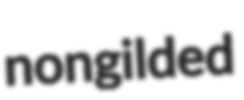
nongilded